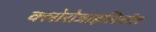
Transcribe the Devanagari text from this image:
क्लोरोजाइलिनॉल